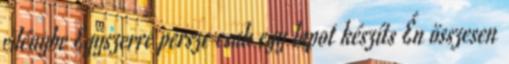
edénybe Egyszerre persze csak egy lapot készíts Én összesen